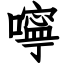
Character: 嚀